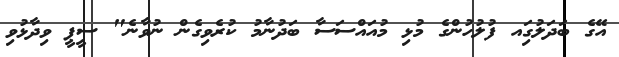
އޭގެ ބަދަލުގަިއ ފުލުހުންގެ މުޅި މުއައްސަސާ ބަދުނާމު ކުރެވިގެން ނުވާނެ" ސީޕީ ވިދާޅުވި